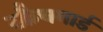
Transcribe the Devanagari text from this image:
स्क्रैचगार्ड